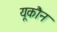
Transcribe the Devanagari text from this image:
यूकौन